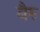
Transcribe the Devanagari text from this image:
बैरु